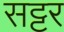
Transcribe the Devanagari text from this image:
सट्टर